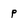
Character: p